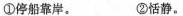
①停船靠岸。②恬静。